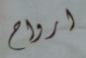
ارواح